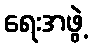
ရေးအဖွဲ့